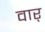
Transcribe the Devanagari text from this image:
वार्